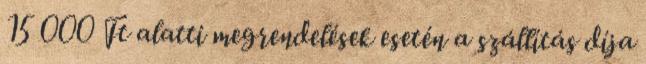
15 000 Ft alatti megrendelések esetén a szállítás díja